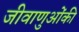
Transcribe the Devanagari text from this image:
जीवाणुओंकी